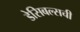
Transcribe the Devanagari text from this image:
डेसिबल्सची